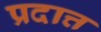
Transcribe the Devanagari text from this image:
प्रदात्त